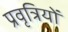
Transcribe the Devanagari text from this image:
प्रवृत्रियों